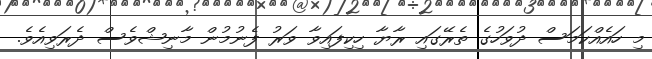
މި ހައެއްކަމަސް ދުވަހުގެ ތެރޭގައި ރާޔާ ހިކިފައިވާ ވަރު ފެނުމުން މާނިޝްވެސް ދެރަވިއެވެ.